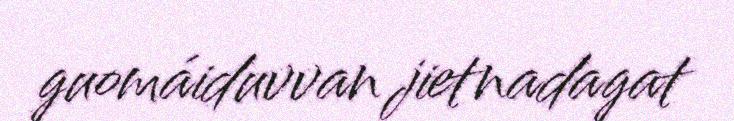
guomáiduvvan jietnadagat